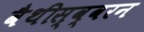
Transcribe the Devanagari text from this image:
वैथीस्व्वरन